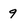
Character: 9